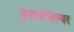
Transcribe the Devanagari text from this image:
कुइकसिल्वर